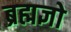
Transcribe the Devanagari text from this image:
ब्रह्मज्ञो